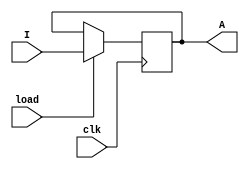
module four_bit_register_parallel
(
	I,
	load,
	clk,
	A,
	
);

	input [3:0] I;
	input load, clk;
	output reg [3:0] A;

	always @(posedge clk)
	begin
		if(load)
			A <= I;
	end

endmodule